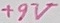
Text: +9V